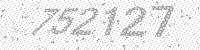
Solution: 752127